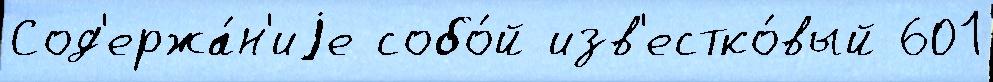
Сод'ержа́н'иjе собо́й изв'естко́вый 601